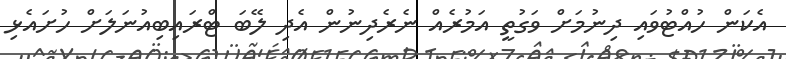
އެކަން ހުއްޓުވައި ދިނުމަށް ވަގުތީ އަމުރެއް ނެރެދިނުން އެދި ލޭބަ ޓްރައިބިއުނަލަށް ހުށައެޅި